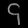
Digit: ၄